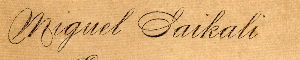
Miguel Saikali